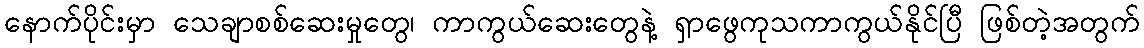
နောက်ပိုင်းမှာ သေချာစစ်ဆေးမှုတွေ၊ ကာကွယ်ဆေးတွေနဲ့ ရှာဖွေကုသကာကွယ်နိုင်ပြီ ဖြစ်တဲ့အတွက်